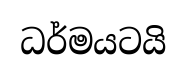
ධර්මයටයි